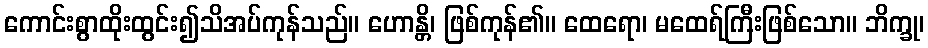
ကောင်းစွာထိုးထွင်း၍သိအပ်ကုန်သည်။ ဟောန္တိ၊ ဖြစ်ကုန်၏။ ထေရော၊ မထေရ်ကြီးဖြစ်သော။ ဘိက္ခု၊